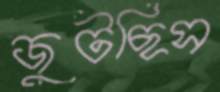
জুটছিস